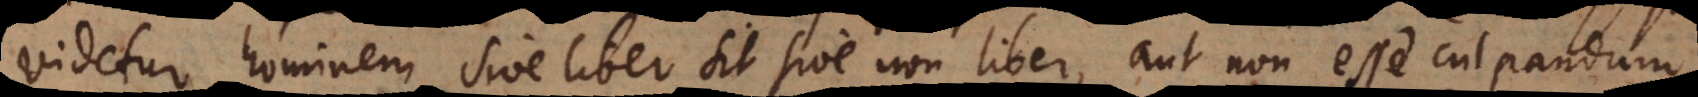
videtur hominem sive liber sit sive non liber, aut non esse culpandum,